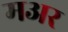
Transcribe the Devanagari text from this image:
मअर